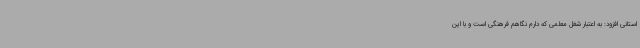
استانی افزود: به اعتبار شغل معلمی که دارم نگاهم فرهنگی است و با این